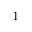
^ { - 1 }